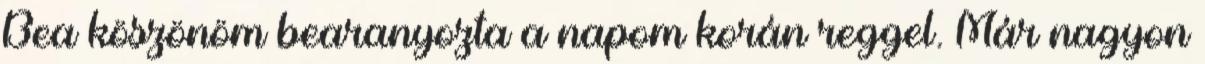
Bea köszönöm bearanyozta a napom korán reggel. Már nagyon